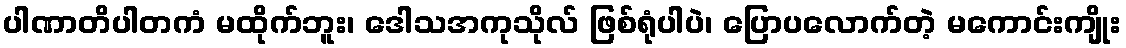
ပါဏာတိပါတကံ မထိုက်ဘူး၊ ဒေါသအကုသိုလ် ဖြစ်ရုံပါပဲ၊ ပြောပလောက်တဲ့ မကောင်းကျိုး